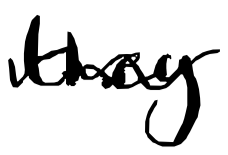
Text: they
Cross-out: wave
Writing tool: digital_black